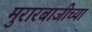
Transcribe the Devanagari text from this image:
मुरारबाजीच्या